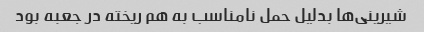
شیرینی‌ها بدلیل حمل نامناسب به هم ریخته در جعبه بود